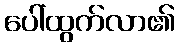
ပေါ်ထွက်လာ၏